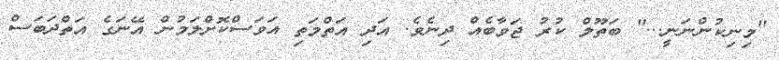
''މިނިކުންނަނީ...'' ބަތޫލް ކުރު ޖަވާބެއް ދިނެވެ. އަދި އަތްމަތި އަވަސްކޮށްލަމުން އޭނަގެ އަތްދަބަސް